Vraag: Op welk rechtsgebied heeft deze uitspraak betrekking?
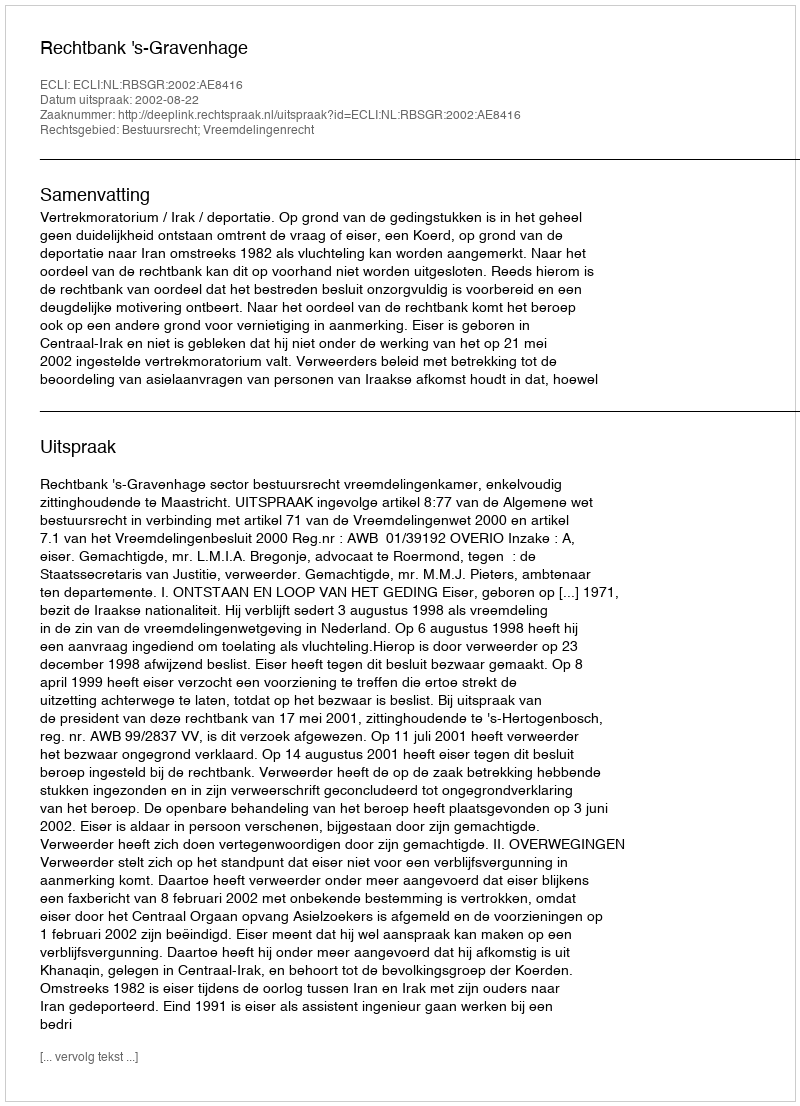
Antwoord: Bestuursrecht; Vreemdelingenrecht